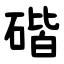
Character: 䃈